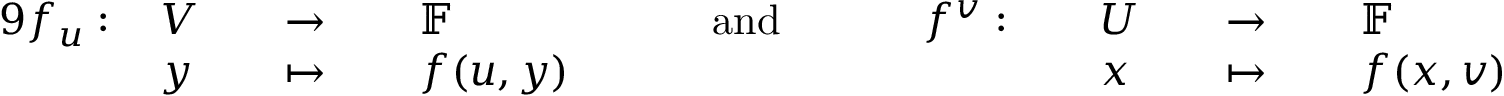
{ \begin{array} { r l r l r l r l r l r l r l r l } { { 9 } f _ { u } : \, } & { V } & & { \to \, } & & { \mathbb { F } } & & { \quad { \mathrm { ~ a n d ~ } } \quad } & & { f ^ { v } : \, } & & { U } & & { \to \, } & & { \mathbb { F } } \\ & { y } & & { \mapsto \, } & & { f ( u , y ) } & & { } & & { } & & { x } & & { \mapsto \, } & & { f ( x , v ) } \end{array} }